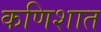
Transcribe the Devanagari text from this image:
कणिशात